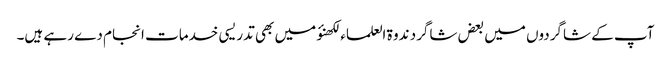
آپ کے شاگردوں میں بعض شاگرد ندوۃ العلماء لکھنؤ میں بھی تدریسی خدمات انجام دے رہے ہیں۔